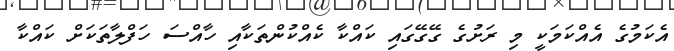
އެކަމުގެ އެއްކަމަކީ މި ރަށުގެ ގޭގޭގައި ކައްކާ ކެއްކުންތަކާއި ހާއްސަ ހަފްލާތަކަށް ކައްކާ